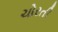
ચોરતી